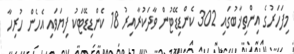
މިފަހަރުގެ އިންތިޚާބުގައި 302 ކެންޑިޑޭޓުން ވާދަކުރާއިރު 18 ކެންޑިޑޭޓަކު ފިޔަވައި އެހެން ހުރިހާ